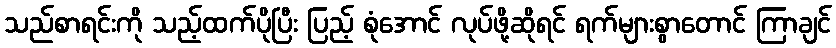
သည်စာရင်းကို သည့်ထက်ပိုပြီး ပြည့် စုံအောင် လုပ်ဖို့ဆိုရင် ရက်များစွာတောင် ကြာချင်